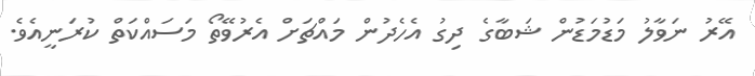
އޭރު ނަވާލު މަޑުމަޑުން ޝަބާގެ ދިގު އެހެދުން މައްޗަށް އެރުވޭތޯ މަސައްކަތް ކުރަނީއެވެ.